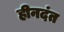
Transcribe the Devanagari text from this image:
हीनदंत